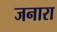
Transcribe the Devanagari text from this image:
जनारा